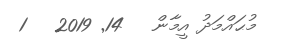
މުޙައްމަދު އީމާން   14